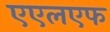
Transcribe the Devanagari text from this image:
एएलएफ